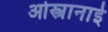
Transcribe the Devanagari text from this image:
ओस्त्रानाई